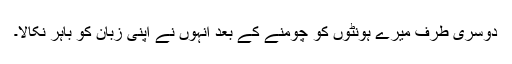
دوسری طرف میرے ہونٹوں کو چومنے کے بعد انہوں نے اپنی زبان کو باہر نکالا۔